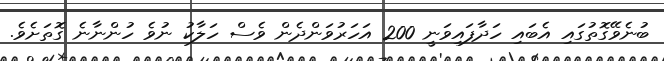
ބުނެވޭގޮތުގައި އެބައި ހަދާފައިވަނީ 200 އަހަރުވަންދެން ވެސް ހަލާކު ނުވެ ހުންނާނެ ގޮތަށެވެ.